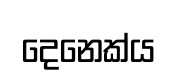
දෙනෙක්ය